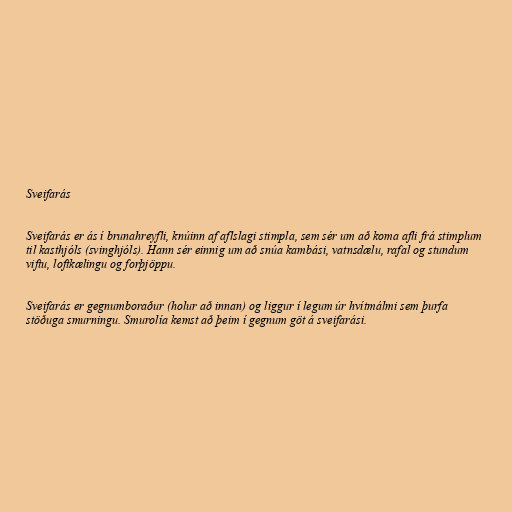
Sveifarás

Sveifarás er ás í brunahreyfli, knúinn af aflslagi stimpla, sem sér um að koma afli frá stimplum
til kasthjóls (svinghjóls). Hann sér einnig um að snúa kambási, vatnsdælu, rafal og stundum
viftu, loftkælingu og forþjöppu.

Sveifarás er gegnumboraður (holur að innan) og liggur í legum úr hvítmálmi sem þurfa
stöðuga smurningu. Smurolía kemst að þeim í gegnum göt á sveifarási.